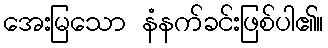
အေးမြသော နံနက်ခင်းဖြစ်ပါ၏။